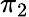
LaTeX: \pi_{2}